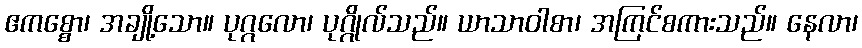
ဧကစ္စော၊ အချို့သော။ ပုဂ္ဂလော၊ ပုဂ္ဂိုလ်သည်။ ယာသာဝါစာ၊ အကြင်စကားသည်။ နေလာ၊